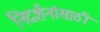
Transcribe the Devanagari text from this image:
निदर्शनांसाठी